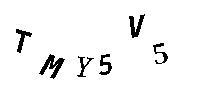
TMY5V5